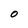
Character: O